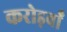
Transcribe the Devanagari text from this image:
करोड़वाँ